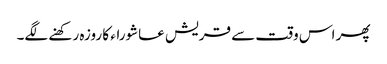
پھر اس وقت سے قریش عاشوراء کا روزہ رکھنے لگے۔